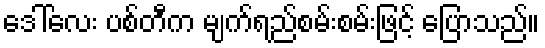
ဒေါ်လေး ပစ်တီက မျက်ရည်စမ်းစမ်းဖြင့် ပြောသည်။